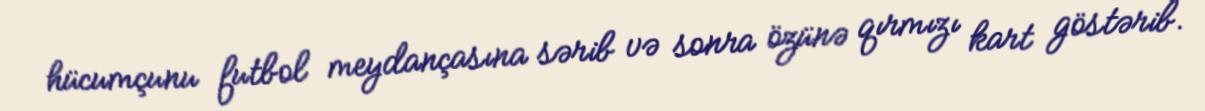
hücumçunu futbol meydançasına sərib və sonra özünə qırmızı kart göstərib.